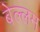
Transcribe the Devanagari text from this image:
बेल्लम